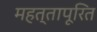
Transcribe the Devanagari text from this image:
महत्तापूरित